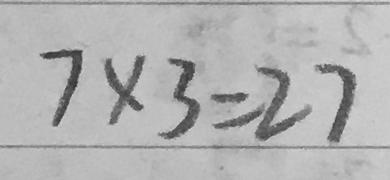
7 \times 3 = 2 7